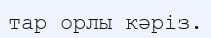
тар орлы кәріз.